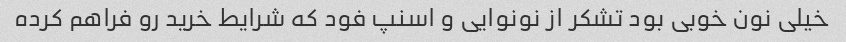
خیلی نون خوبی بود تشکر از نونوایی و اسنپ فود که شرایط خرید رو فراهم کرده